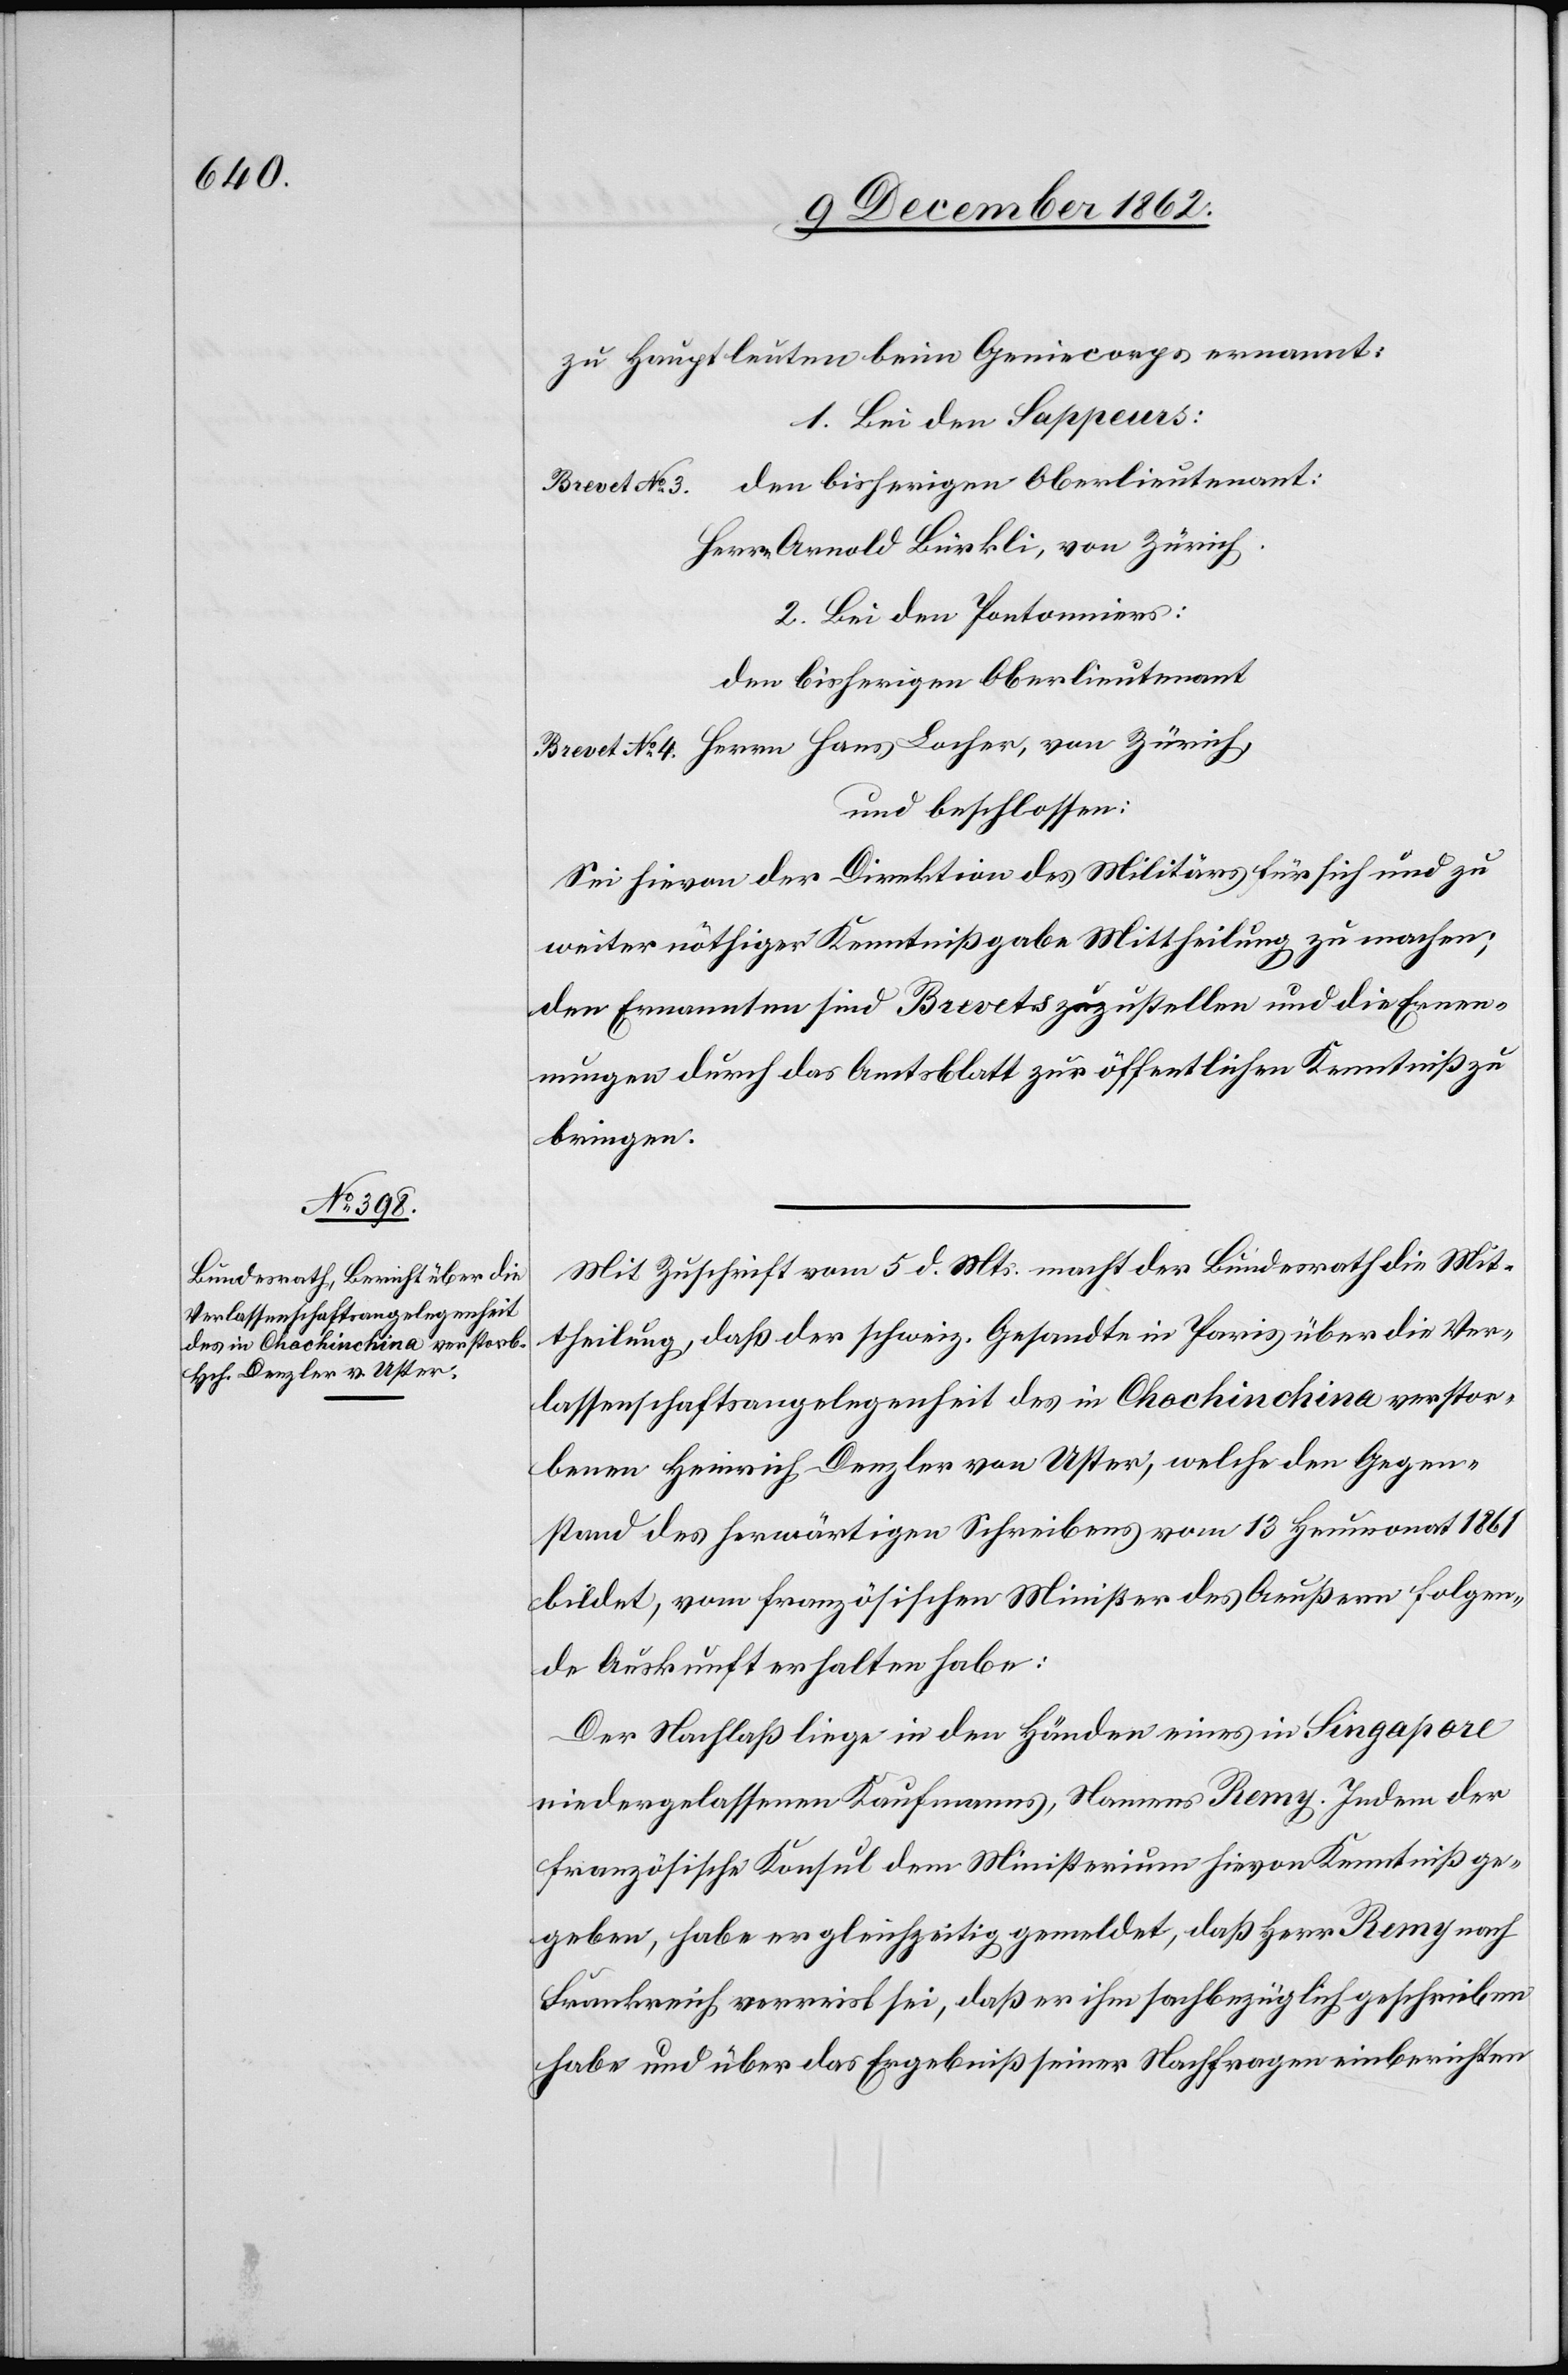
zu Hauptleuten beim Geniecorps ernannt:
1. Bei den Sappeurs.
Brevet No 3 den bisherigen Oberlieutenant:
Herr Arnold Bürkli, von Zürich.
2. Bei den Pantonniers:
den bisherigen Oberlieutenant
Brevet No 4 Herrn Hans Locher, von Zürich.
und beschlossen:
Sei hievon der Direktion des Militärs für sich und zu
weiter nöthiger Kenntnißgabe Mittheilung zu machen;
den Ernannten sind Brevets zuzustellen und die Ernen¬
nungen durch das Amtsblatt zur öffentlichen Kenntniß zu
bringen.
Mit Zuschrift vom 5. d. Mts. macht der Bundesrath die Mit¬
theilung, daß der schweiz. Gesandte in Paris über die Ver¬
lassenschaftsangelegenheit des in Chochinchina verstor¬
benen Heinrich Denzler von Uster, welche den Gegen¬
stand des herwärtigen Schreibens vom 13. Heumonat 1861
bildet, vom französischen Minister des Aeußern folgen¬
de Auskunft erhalten habe:
Der Nachlaß liege in den Handen eines in Singapore
niedergelassenen Kaufmanns, Namens Remy. Indem der
französische Konsul dem Ministerium hievon Kenntniß ge¬
geben, habe er gleichzeitig gemeldet, daß Herr Remy nach
Frankreich verreist sei, daß er ihm sachbezüglich geschrieben
habe und über das Ergebniß seiner Nachfragen einberichten